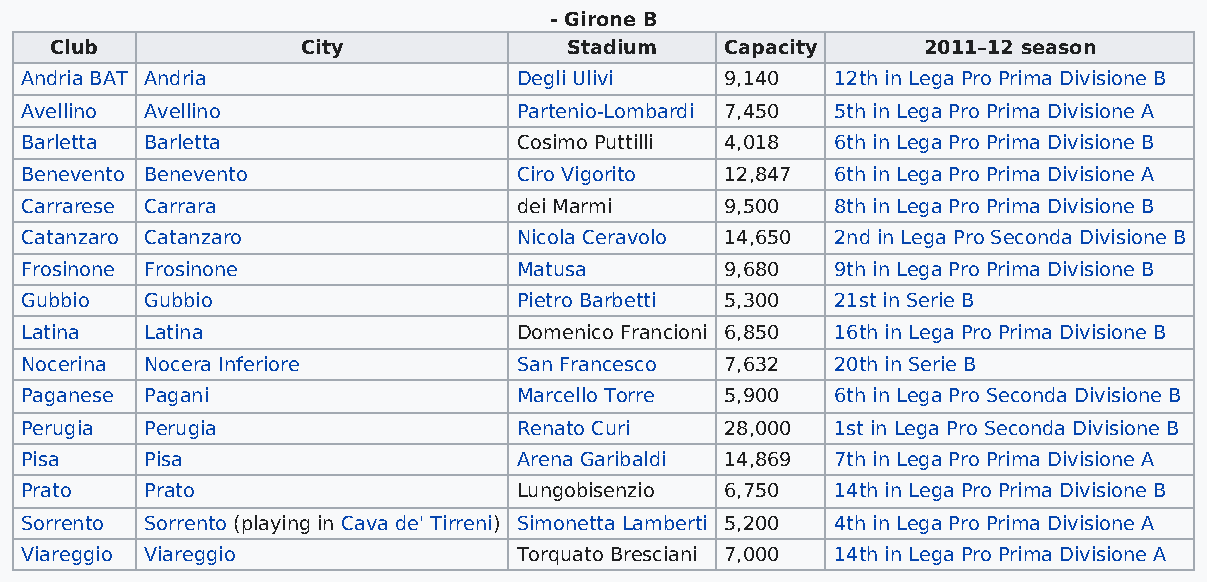
- Girone B
 Club             City              Stadium   Capacity     2011–12 season
 Andria BAT Andria                Degli Ulivi   9,140  12th in Lega Pro Prima Divisione B
 Avellino Avellino                Partenio-Lombardi 7,450 5th in Lega Pro Prima Divisione A
 Barletta Barletta                Cosimo Puttilli 4,018 6th in Lega Pro Prima Divisione B
 Benevento Benevento              Ciro Vigorito 12,847 6th in Lega Pro Prima Divisione A
 Carrarese Carrara                dei Marmi     9,500  8th in Lega Pro Prima Divisione B
 Catanzaro Catanzaro              Nicola Ceravolo 14,650 2nd in Lega Pro Seconda Divisione B
 Frosinone Frosinone              Matusa        9,680  9th in Lega Pro Prima Divisione B
 Gubbio   Gubbio                  Pietro Barbetti 5,300 21st in Serie B
 Latina   Latina                  Domenico Francioni 6,850 16th in Lega Pro Prima Divisione B
 Nocerina Nocera Inferiore        San Francesco 7,632  20th in Serie B
 Paganese Pagani                  Marcello Torre 5,900 6th in Lega Pro Seconda Divisione B
 Perugia  Perugia                 Renato Curi   28,000 1st in Lega Pro Seconda Divisione B
 Pisa     Pisa                    Arena Garibaldi 14,869 7th in Lega Pro Prima Divisione A
 Prato    Prato                   Lungobisenzio 6,750  14th in Lega Pro Prima Divisione B
 Sorrento Sorrento (playing in Cava de' Tirreni) Simonetta Lamberti 5,200 4th in Lega Pro Prima Divisione A
 Viareggio Viareggio              Torquato Bresciani 7,000 14th in Lega Pro Prima Divisione A